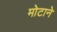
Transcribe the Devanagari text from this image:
मोटाने